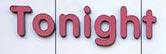
tonight